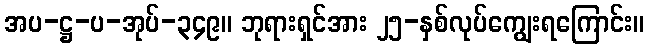
အပ-ဋ္ဌ-ပ-အုပ်-၃၄၉။ ဘုရားရှင်အား ၂၅-နှစ်လုပ်ကျွေးရကြောင်း။